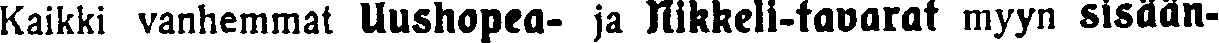
Kaikki vanhemmat Uushopea- ja Nikkeli-tavarat myyn sisään-